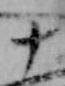
十